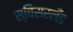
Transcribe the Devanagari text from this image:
स्विसरलँड